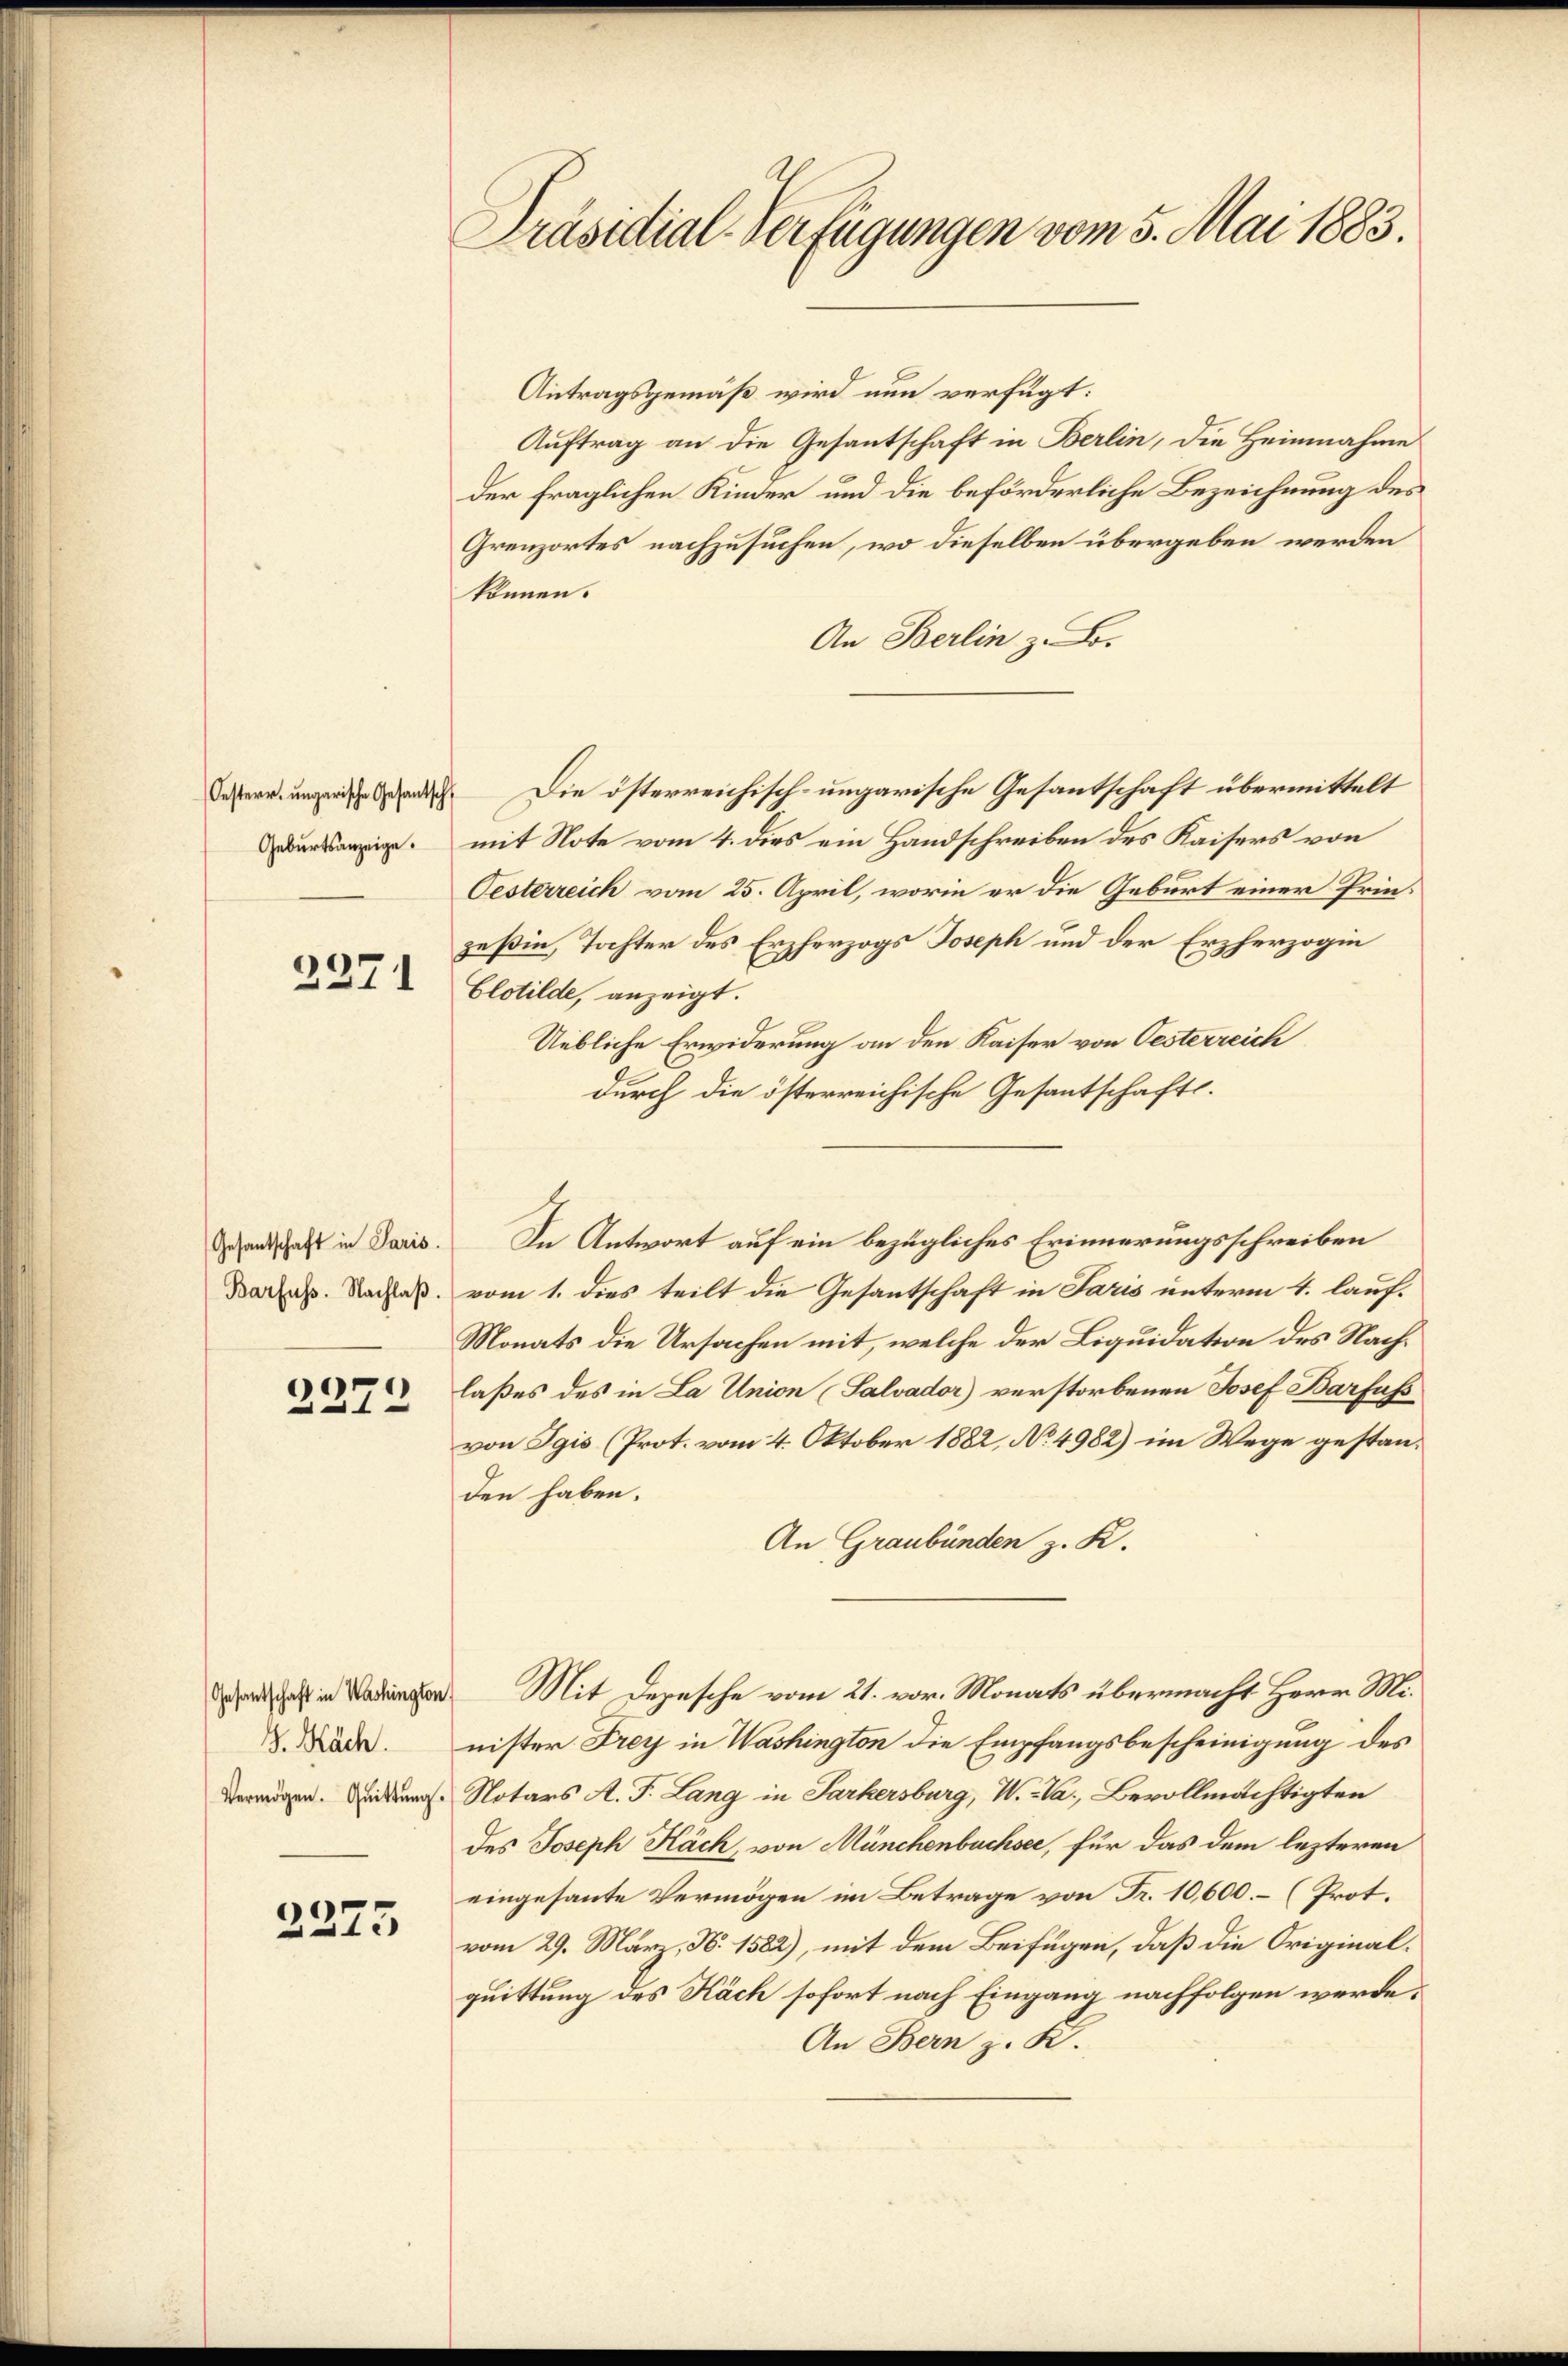
Geburtsanzeige.

2371

Gesantschaft in Paris.
Barfuss. Nachlaβ.

2272

. Käch.
Vermögen. Quittung.

2275

Präsidial-Verfügungen vom 5. Mai 1883.

Antragsgemäß wird nun verfügt:
Auftrag an die Gesantschaft in Berlin, die Heinnahme
der fraglichen Kinder und die beförderliche Bezeichnung des
Grenzortes nachzusuchen, wo dieselben übergeben werden
können.
An Berlin z. B.
 Die österreichisch-ungarische Gesantschaft übermittelt
mit Note vom 4. dies ein Handschreiben des Kaisers von
Oesterreich vom 25. April, worin er die Geburt einer Prinzeßin, Tochter des Erzherzogs Joseph und der Erzherzogin
Clotilde, anzeigt.
Uebliche Erwiderung an den Kaiser von Oesterreich
durch die österreichische Gesantschaftsvom 1. dies teilt die Gesantschaft in Paris unterm 4. lauf¬
Monats die Ursachen mit, welche der Liquidation des Nachlaßes des in La Union (Salvador) verstorbenen Josef Barfuss
von Egis (Prot. vom 4. Oktober 1882, No 4982) im Wege gestanden haben.
An Graubünden z. K.
hast in Mit Depesche vom 21. vor. Monats übermacht Herr Minister Frey in Washington die Empfangsbescheinigung des
Notars A. F. Lang in Parkersburg, W. a., Bevollmächtigten
des Joseph Käch, von Münchenbuchsee, für das dem lezteren
eingesante Vermögen im Betrage von Fr. 10,000.- (Prot.
vom 29. März, N. 1582), mit dem Beifügen, daß die Originalquittung des Käch sofort nach Eingang nachfolgen werde,
An Bern z. R.

In Antwort auf ein bezügliches Erinnerungsschreiben